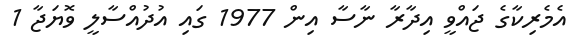
އެމެރިކާގެ ޖައްވީ އިދާރާ ނާސާ އިން 1977 ގައި އުދުއްސާލީ ވޮޔަޖާ 1